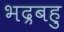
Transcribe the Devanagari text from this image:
भद्रबहु